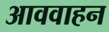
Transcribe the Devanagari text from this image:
आववाहन